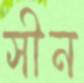
সীন